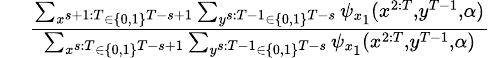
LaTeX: \begin{array}{rl}&{\frac{\sum_{x^{s+1:T}\in\{ 0,1\} ^{T-s+1}}\sum_{y^{s:T-1}\in\{ 0,1\} ^{T-s}}\psi_{x_{1}}(x^{2:T},y^{T-1},\alpha)}{\sum_{x^{s:T}\in\{ 0,1\} ^{T-s+1}}\sum_{y^{s:T-1}\in\{ 0,1\} ^{T-s}}\psi_{x_{1}}(x^{2:T},y^{T-1},\alpha)}}\end{array}